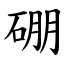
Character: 硼